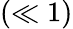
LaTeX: (\ll 1)